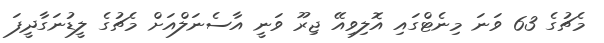
މެޗުގެ 63 ވަނަ މިނެޓްގައި އޮލިވިއޭ ޖިރޫ ވަނީ އާސެނަލްއަށް މެޗުގެ ލީޑުނަގާދީފަ